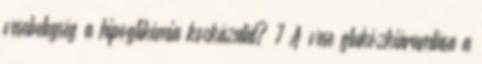
vesebetegség a hipoglikémia kockázatát? 7 A vese glukózkiáramlása a